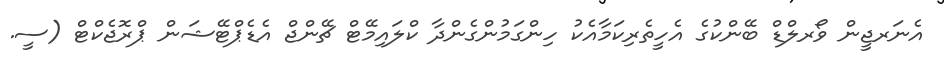
އެނަރޖީން ވޯރލްޑް ބޭންކުގެ އެހީތެރިކަމާއެކު ހިންގަމުންގެންދާ ކްލައިމޭޓް ޗޭންޖް އެޑެޕްޓޭޝަން ޕްރޮޖެކްޓް (ސީ.